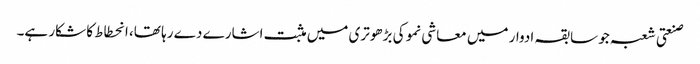
صنعتی شعبہ جو سابقہ ادوار میں معاشی نمو کی بڑھوتری میں مثبت اشارے دے رہا تھا، انحطاط کا شکار ہے۔